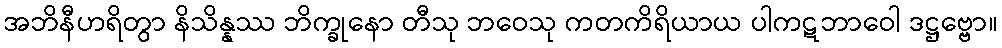
အဘိနီဟရိတွာ နိသိန္နဿ ဘိက္ခုနော တီသု ဘဝေသု ကတကိရိယာယ ပါကဋဘာဝေါ ဒဋ္ဌဗ္ဗော။